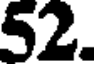
52.